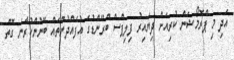
އަދި މި ޕްރޮމޯޝަން ކުރިއަށް ދިޔައިރު ފިލިޕްސް ބްރޭންޑުގެ އުފެއްދުންތައް ބޭނުންކުރާނެ ގޮތް